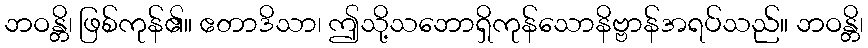
ဘဝန္တိ၊ ဖြစ်ကုန်၏။ ဧတာဒိသာ၊ ဤသို့သဘောရှိကုန်သောနိဗ္ဗာန်အရပ်သည်။ ဘဝန္တိ၊